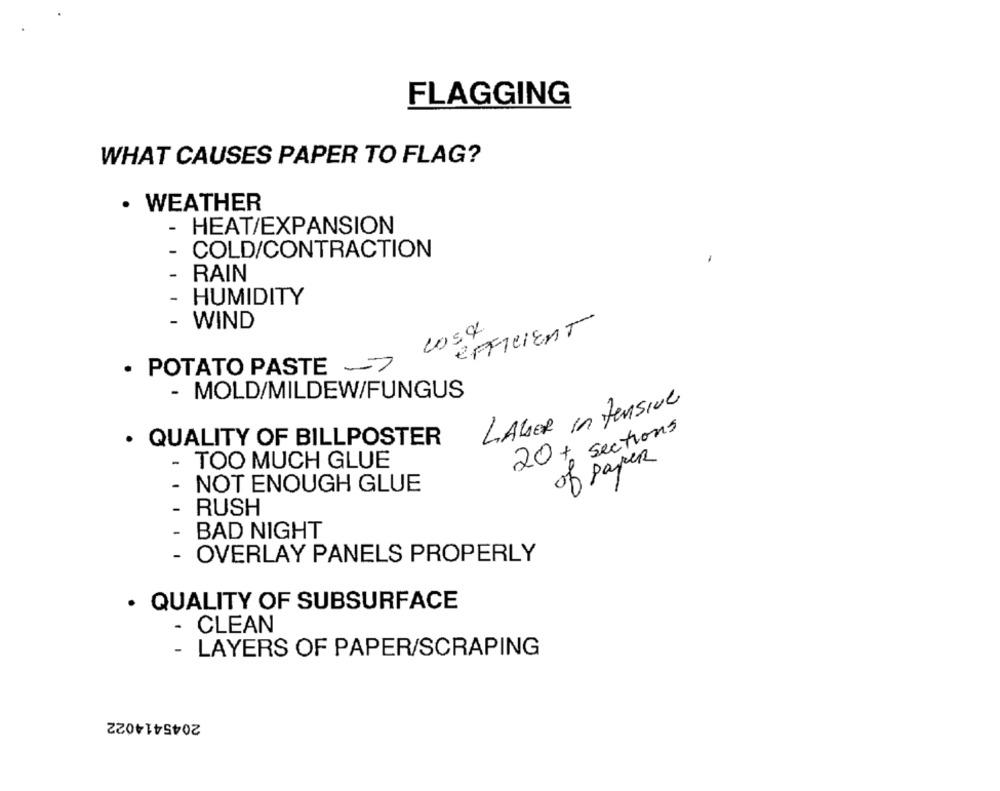
FLAGGING
WHAT CAUSES PAPER TO FLAG?
· WEATHER
- HEAT/EXPANSION
-
COLD/CONTRACTION
-
RAIN
- HUMIDITY
- WIND
cosa
EFFICIENT
· POTATO PASTE
- MOLD/MILDEW/FUNGUS
LAGER Intensive
20+ sections
· QUALITY OF BILLPOSTER
- TOO MUCH GLUE
of paper
- NOT ENOUGH GLUE
- RUSH
- BAD NIGHT
- OVERLAY PANELS PROPERLY
· QUALITY OF SUBSURFACE
- CLEAN
- LAYERS OF PAPER/SCRAPING
2045414022